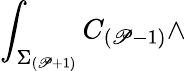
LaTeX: \int_{\Sigma_{(\mathscr{P}+1)}}C_{(\mathscr{P}-1)}\wedge